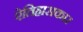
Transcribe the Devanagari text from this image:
ऐतिहासकार